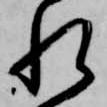
れ